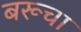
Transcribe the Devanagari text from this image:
बरूचा